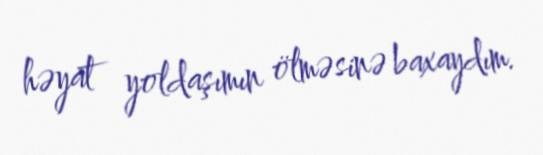
həyat yoldaşımın ölməsinə baxaydım.